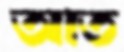
আত